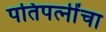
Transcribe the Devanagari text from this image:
पतिपत्‍नींचा